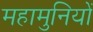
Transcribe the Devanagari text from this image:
महामुनियों